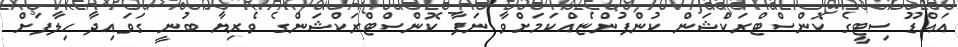
އައްޑޫ ސިޓީގެ ކޮންސްޓްރަކްޝަން ކުންފުންޏެއްކަމަށްވާ ނަފާ ކޮންސްޓްރަކްޝަންގެ ވެރިޔާ ބުނީ ގަވައިދާ ހިލާފަށް